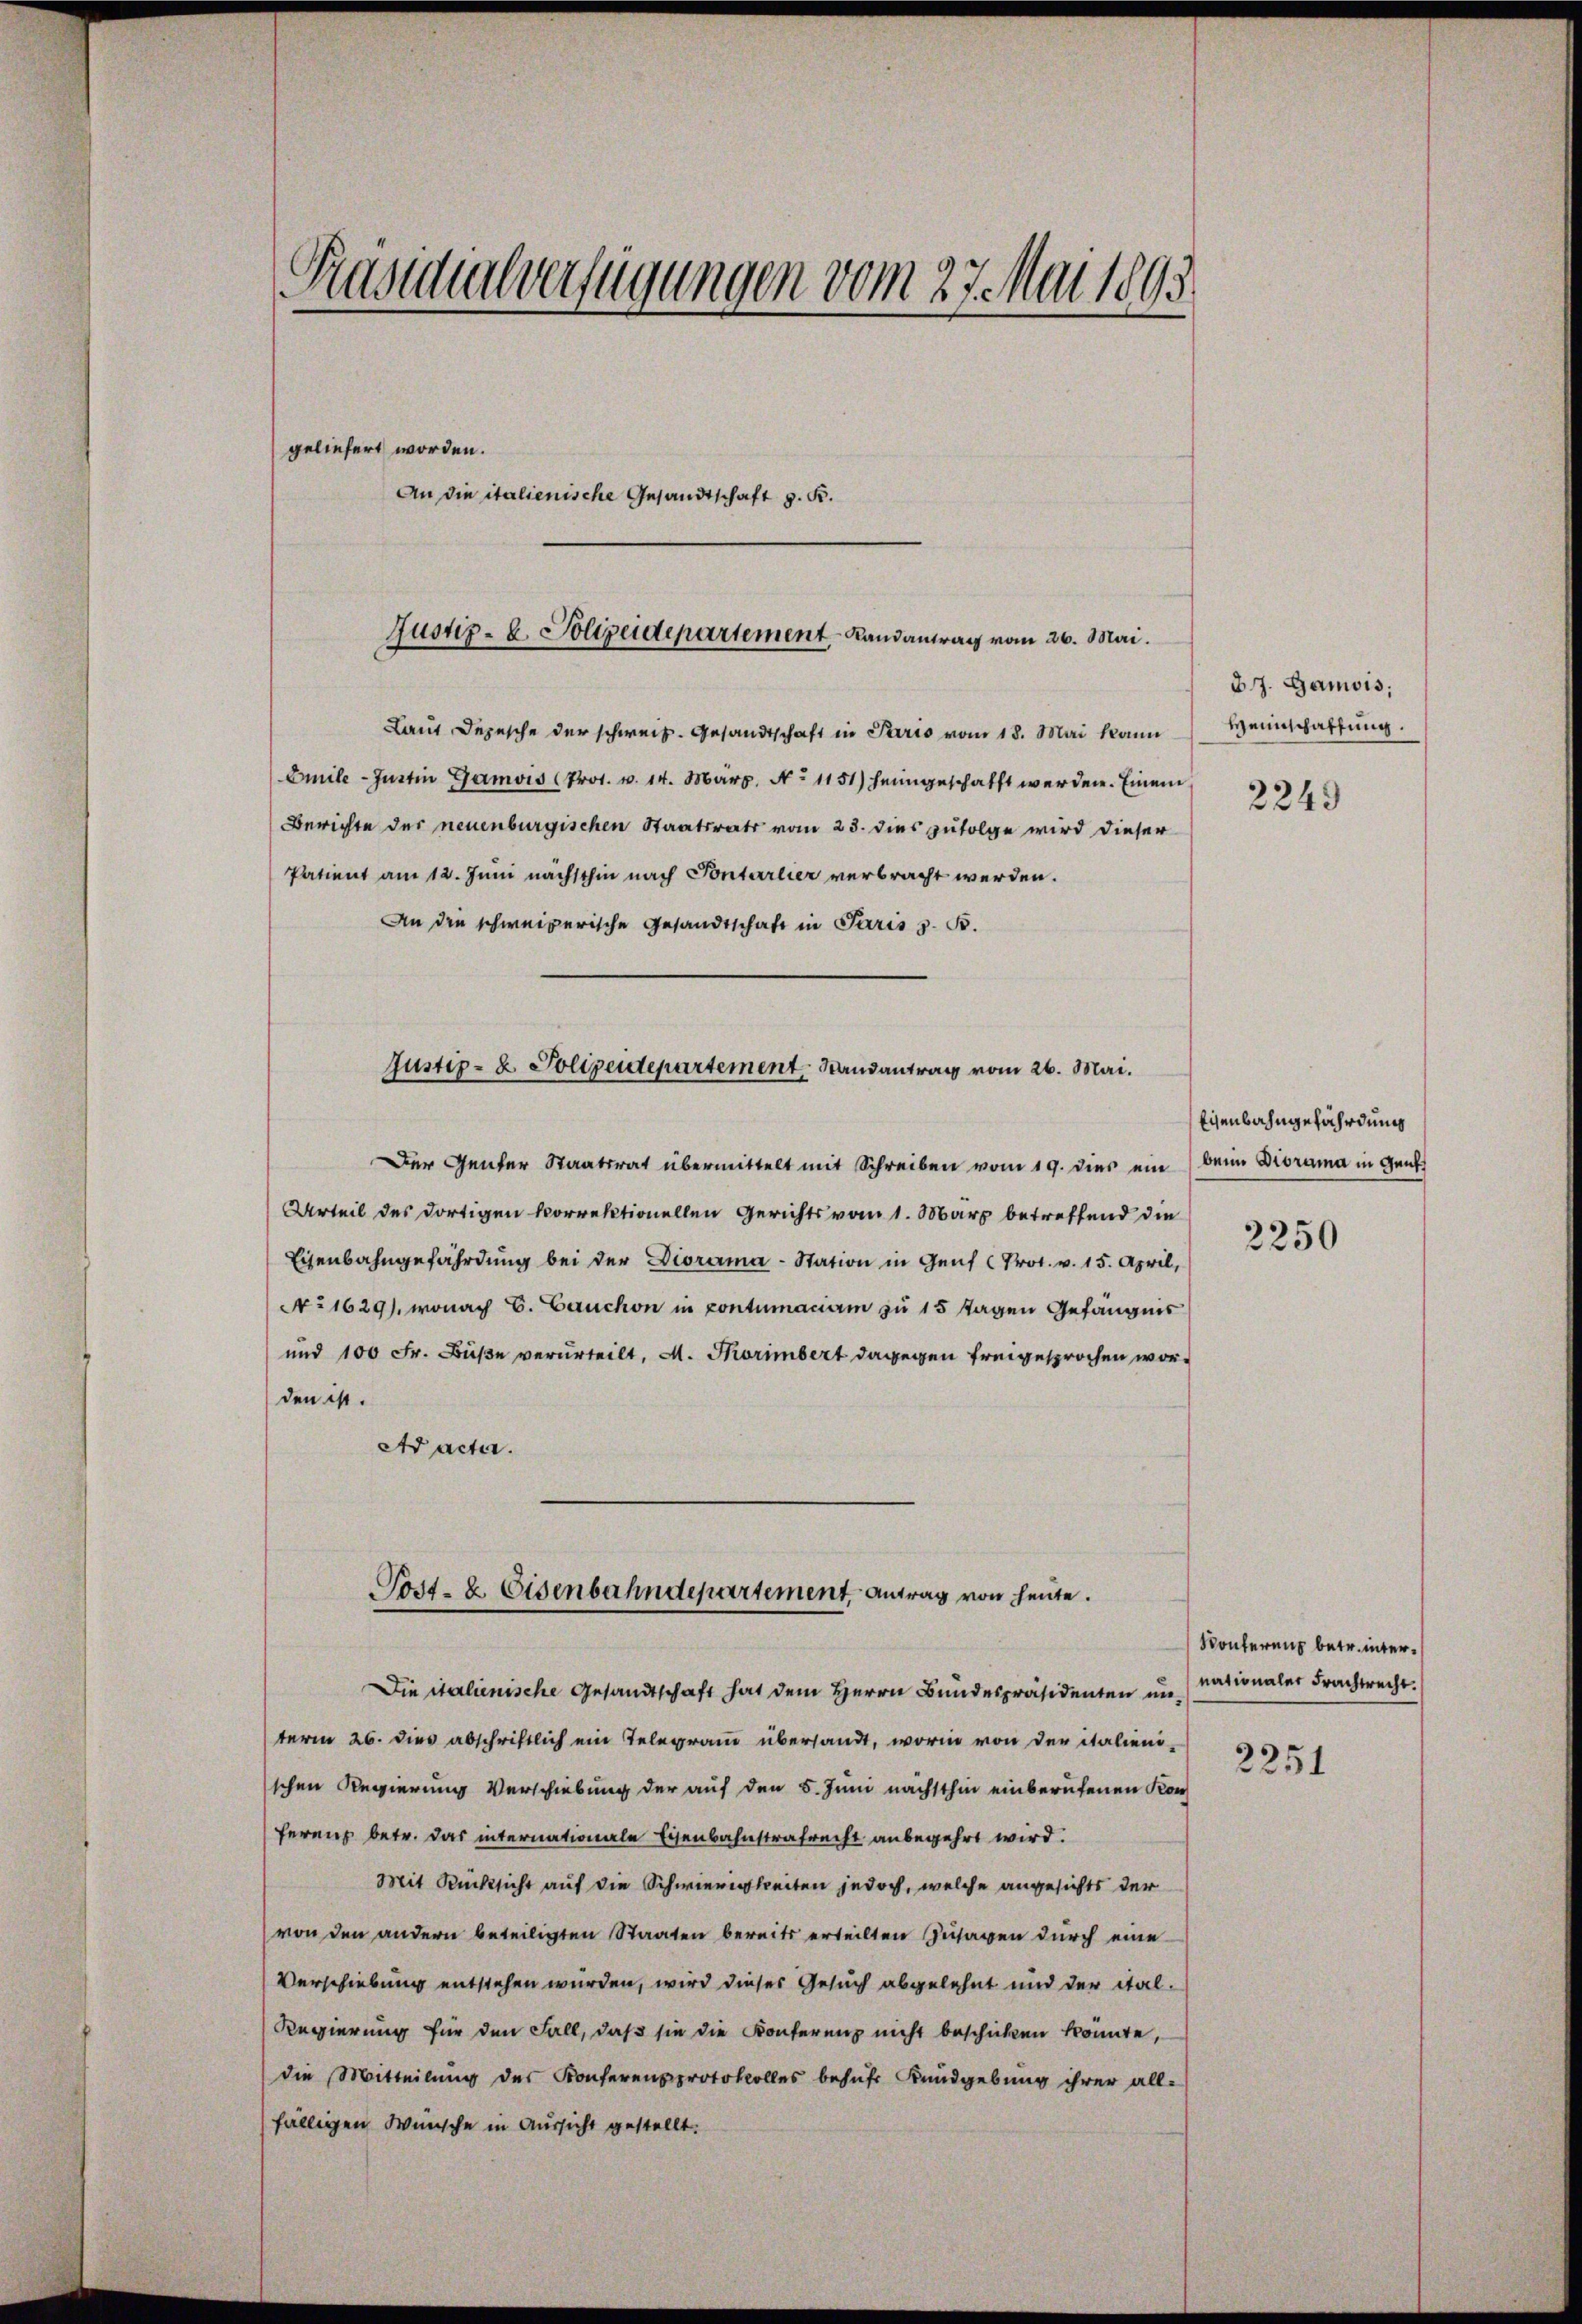
Präsidialverfügungen vom 27. Mai 1895.
geliefert worden.
An die italienische Gesandtschaft z. K.
Justiz- u. Polizeidepartement Landantrag vom 26. Mai.

Laut Depesche der schweiz. Gesandtschaft in Paris vom 18. Mai kann
Emile-Justin Gamois (Prot. v. 14. März. No 1151) heimgeschafft werden. Einem
Berichte der neuenburgischen Staatsrats vom 23. dies zufolge wird dieser
Patient am 12. Juni nächsthin nach Ponterlier verbracht werden.
An die schweizerische Gesandtschaft in Paris z. B.

Der Genter Staatsrat übermittelt mit Schreiben vom 19. dies ein beim Diorama in Genf
Urteil des dortigen korrektionellen Gerichts vom 1. März betreffend die
Eisenbahngefährdung bei der Diorama-Station in Genf (Prot. v. 15. April,
No 1629), wonach C. Lauchon in contumaciam zu 15 sagen Gefängnis
und 100 Fr. Buße verurteilt, M. Thorimbert dagegen freigesprochen worden ist.
Ad acta.

Justiz- & Polizeidepartement Randantrag vom 26. Mai.

Post- & Eisenbahndepartement, Antrag von heute.
Die italienische Gesandtschaft hat dem Herrn Bundespräsidenten un¬

term 26. dies abschriftlich ein Telegram übersandt, worin von der italieni-
schen Regierung Verschiebung der auf den 5. Juni nächsthin einberufenen Kon
ferenz betr. das internationale Eisenbahnstrafrecht anbegehrt wird.
Mit Rücksicht auf die Schwierigkeiten jedoch, welche angesichts der
von den andern beteiligten Staaten bereits erteilten Zusagen durch eine
Verschiebung entstehen wurden, wird dieses Gesuch abgelehnt und der ital¬
Regierung für den Fall, daß sie die Konferenz nicht beschicken konnte,
die Mitteilŭng des Konferenzprotokolles behŭfr Kundgebŭng ihrer all-
fälligen Wünsche in Aussicht gestellt.

37. Gamois,
Heimschaffung.
2249

Eisenbahngefährdung

2250

Konferenz betr. internationaler Frachtrecht.

2251